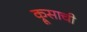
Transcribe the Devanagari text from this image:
क्रूसाची